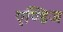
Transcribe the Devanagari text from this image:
एण्डिज